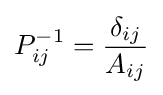
P_{ij}^{-1}={\frac {\delta _{ij}}{A_{ij}}}